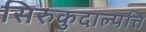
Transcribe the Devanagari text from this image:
सिरुकुदाल्पत्ति